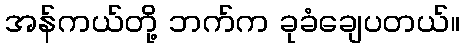
အန်ကယ်တို့ ဘက်က ခုခံချေပတယ်။